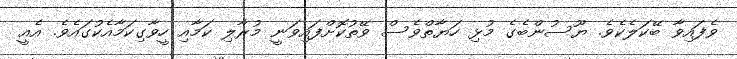
ވެފައިވާ ބޭކަލެކެވެ. ޔޫސުންބެގެ މުޅި ހަޔާތްވެސް ވޭތުކޮށްފައިވަނީ މުރާލި ކަމާއި ހީވާގިކަމާއެކުގައެވެ. އެއީ